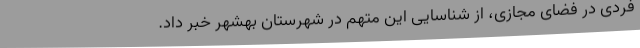
فردی در فضای مجازی، از شناسایی این متهم در شهرستان بهشهر خبر داد.